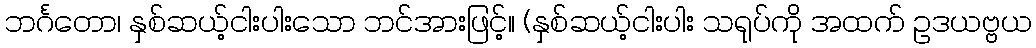
ဘင်္ဂတော၊ နှစ်ဆယ့်ငါးပါးသော ဘင်အားဖြင့်။ (နှစ်ဆယ့်ငါးပါး သရုပ်ကို အထက် ဥဒယဗ္ဗယ